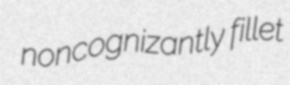
noncognizantly fillet